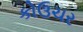
કોઉચર